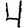
Digit: 4